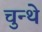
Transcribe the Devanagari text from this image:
चुन्थे